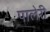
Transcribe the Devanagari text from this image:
पालेरी